Annual administration report of the Civil Veterinary Department of India - 1898-1899
Year: 1898
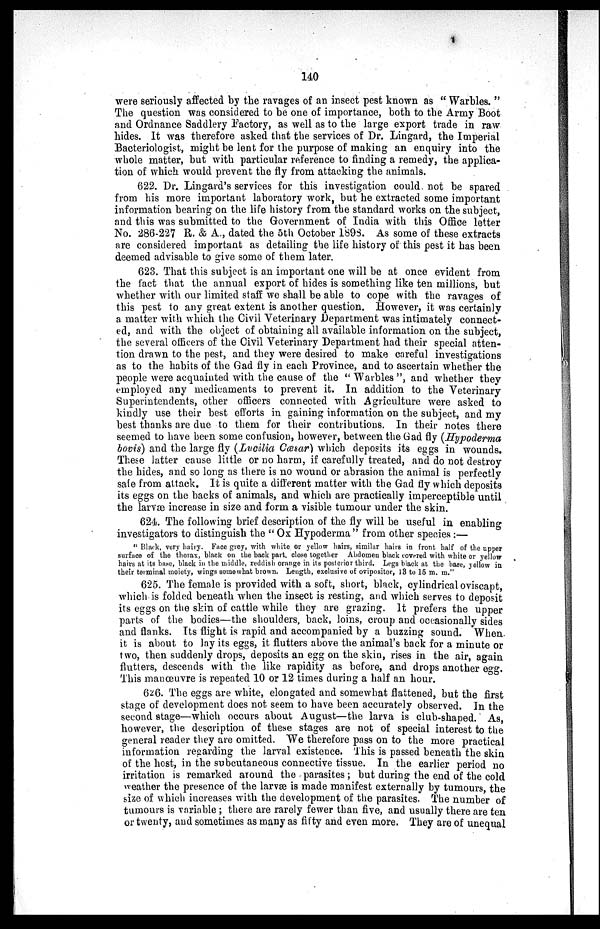
140
were seriously affected by the ravages of an insect pest known as "Warbles."
The question was considered to be one of importance, both to the Army Boot
and Ordnance Saddlery Factory, as well as to the large export trade in raw
hides. It was therefore asked that the services of Dr. Lingard, the Imperial
Bacteriologist, might be lent for the purpose of making an enquiry into the
whole matter, but with particular reference to finding a remedy, the applica-
tion of which would prevent the fly from attacking the animals.
622. Dr. Lingard's services for this investigation could not be spared
from his more important laboratory work, but he extracted some important
information bearing on the life history from the standard works on the subject,
and this was submitted to the Government of India with this Office letter
No. 286-227 R. & A., dated the 5th October 1898. As some of these extracts
are considered important as detailing the life history of this pest it has been
deemed advisable to give some of them later.
623. That this subject is an important one will be at once evident from
the fact that the annual export of hides is something like ten millions, but
whether with our limited staff we shall be able to cope with the ravages of
this pest to any great extent is another question. However, it was certainly
a matter with which the Civil Veterinary Department was intimately connect-
ed, and with the object of obtaining all available information on the subject,
the several officers of the Civil Veterinary Department had their special atten-
tion drawn to the pest, and they were desired to make careful investigations
as to the habits of the Gad fly in each Province, and to ascertain whether the
people were acquainted with the cause of the "Warbles", and whether they
employed any medicaments to prevent it. In addition to the Veterinary
Superintendents, other officers connected with Agriculture were asked to
kindly use their best efforts in gaining information on the subject, and my
best thanks are due to them for their contributions. In their notes there
seemed to have been some confusion, however, between the Gad fly (Hypoderma
bovis) and the large fly (Lucilia Cœsar) which deposits its eggs in wounds.
These latter cause little or no harm, if carefully treated, and do not destroy
the hides, and so long as there is no wound or abrasion the animal is perfectly
safe from attack. It is quite a different matter with the Gad fly which deposits
its eggs on the backs of animals, and which are practically imperceptible until
the larvæ increase in size and form a visible tumour under the skin.
624. The following brief description of the fly will be useful in enabling
investigators to distinguish the "Ox Hypoderma" from other species :—
"Black, very hairy. Face grey, with white or yellow hairs, similar hairs in front half of the upper
surface of the thorax, black on the back part, close together Abdomen black covered with white or yellow
hairs at its base, black in the middle, reddish orange in its posterior third. Legs black at the base, yellow in
their terminal moiety, wings somewhat brown. Length, exclusive of ovipositor, 13 to 15 m. m."
625. The female is provided with a soft, short, black, cylindrical oviscapt,
which is folded beneath when the insect is resting, and which serves to deposit
its eggs on the skin of cattle while they are grazing. It prefers the upper
parts of the bodies—the shoulders, back, loins, croup and occasionally sides
and flanks. Its flight is rapid and accompanied by a buzzing sound. When
it is about to lay its eggs, it flutters above the animal's back for a minute or
two, then suddenly drops, deposits an egg on the skin, rises in the air, again
flutters, descends with the like rapidity as before, and drops another egg.
This manœuvre is repeated 10 or 12 times during a half an hour.
626. The eggs are white, elongated and somewhat flattened, but the first
stage of development does not seem to have been accurately observed. In the
second stage—which occurs about August—the larva is club-shaped. As,
however, the description of these stages are not of special interest to the
general reader they are omitted. We therefore pass on to the more practical
information regarding the larval existence. This is passed beneath the skin
of the host, in the subcutaneous connective tissue. In the earlier period no
irritation is remarked around the parasites ; but during the end of the cold
weather the presence of the larvæ is made manifest externally by tumours, the
size of which increases with the development of the parasites. The number of
tumours is variable; there are rarely fewer than five, and usually there are ten
or twenty, and sometimes as many as fifty and even more. They are of unequal